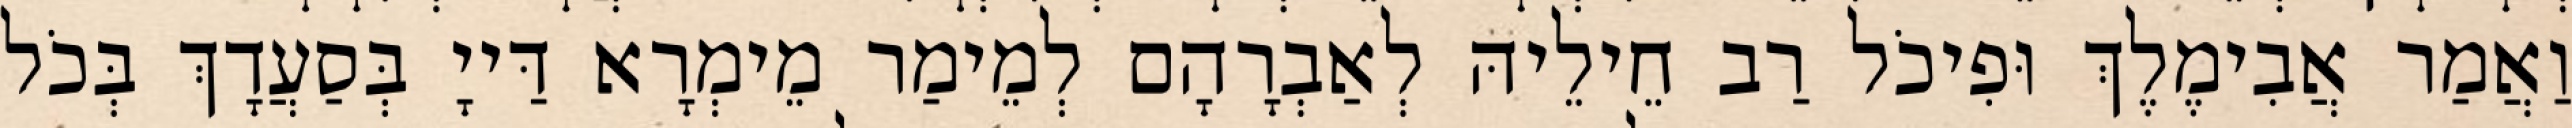
וַאֲמַר אֲבִימֶלֶךְ וּפִיכֹל רַב חֵילֵיהּ לְאַבְרָהָם לְמֵימַר מֵימְרָא דַּייָ בְּסַעֲדָךְ בְּכֹל